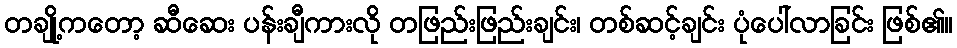
တချို့ကတော့ ဆီဆေး ပန်းချီကားလို တဖြည်းဖြည်းချင်း၊ တစ်ဆင့်ချင်း ပုံပေါ်လာခြင်း ဖြစ်၏။